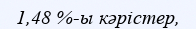
1,48 %-ы кәрістер,